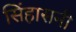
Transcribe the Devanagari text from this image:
सिंहासनी